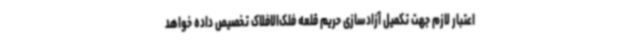
اعتبار لازم جهت تکمیل آزادسازی حریم قلعه فلک‌الافلاک تخصیص داده خواهد